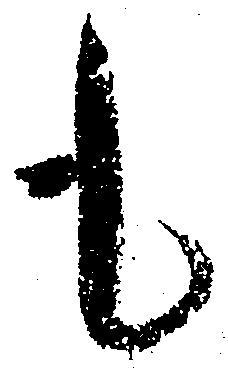
も